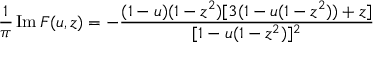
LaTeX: \frac { 1 } { \pi } \, \mathrm { I m } \, F ( u , z ) = - \frac { ( 1 - u ) ( 1 - z ^ { 2 } ) [ 3 ( 1 - u ( 1 - z ^ { 2 } ) ) + z ] } { [ 1 - u ( 1 - z ^ { 2 } ) ] ^ { 2 } }